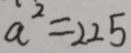
a ^ { 2 } = 2 2 5